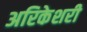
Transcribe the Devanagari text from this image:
अरिकेशरी